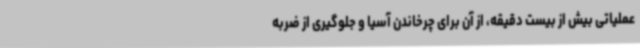
عملیاتی بیش از بیست دقیقه، از آن برای چرخاندن آسیا و جلوگیری از ضربه